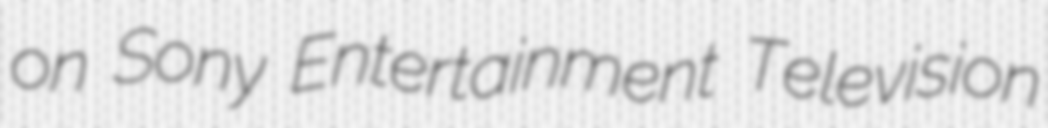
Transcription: on Sony Entertainment Television